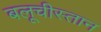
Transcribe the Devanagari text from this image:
बलूचीस्तान